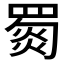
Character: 𦋴